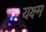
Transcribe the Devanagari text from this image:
यक्ष्म